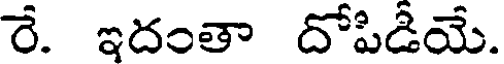
రే. ఇదంతా దోపిడీయే.